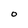
Character: 0